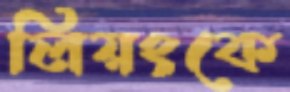
লিয়ংকে